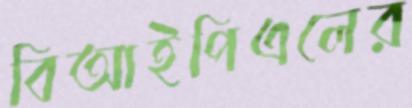
বিআইপিএলের